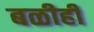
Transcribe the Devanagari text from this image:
बळीही